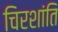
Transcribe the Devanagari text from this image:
चिरशांति